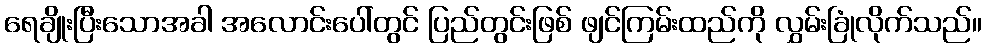
ရေချိုးပြီးသောအခါ အလောင်းပေါ်တွင် ပြည်တွင်းဖြစ် ဖျင်ကြမ်းထည်ကို လွှမ်းခြုံလိုက်သည်။